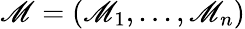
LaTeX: \mathscr{M}=(\mathscr{M}_{1},...,\mathscr{M}_{n})